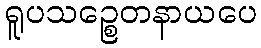
ရူပသဉ္စေတနာယပေ